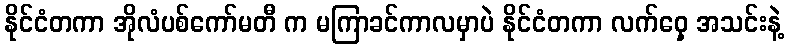
နိုင်ငံတကာ အိုလံပစ်ကော်မတီ က မကြာခင်ကာလမှာပဲ နိုင်ငံတကာ လက်ဝှေ့ အသင်းနဲ့